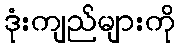
ဒုံးကျည်များကို